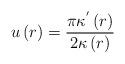
LaTeX: \begin{align*}u\left(r\right)=\frac{\pi\kappa^{'}\left(r\right)}{2\kappa\left(r\right)}\end{align*}